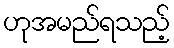
ဟုအမည်ရသည့်